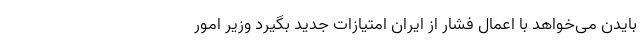
بایدن می‌خواهد با اعمال فشار از ایران امتیازات جدید بگیرد وزیر امور